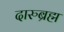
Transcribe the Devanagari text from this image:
दारुब्रह्म